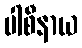
ပါစီနာယ